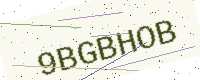
Text: 9BGBHOB